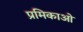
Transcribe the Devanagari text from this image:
प्रमिकाओं